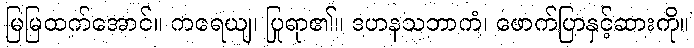
မြမြထက်အောင်။ ကရေယျ၊ ပြုရာ၏။ ဒဟနသဘာကံ၊ ဖောက်ပြာနှင့်ဆားကို။